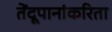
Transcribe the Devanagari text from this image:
तेंदूपानांकरिता